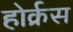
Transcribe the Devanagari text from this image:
होर्क्रस